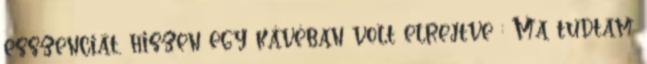
esszenciát, hiszen egy kávéban volt elrejtve : Ma tudtam